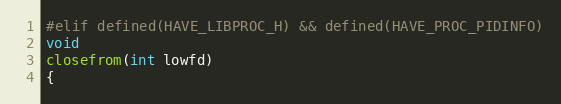
Language: C
#elif defined(HAVE_LIBPROC_H) && defined(HAVE_PROC_PIDINFO)
void
closefrom(int lowfd)
{